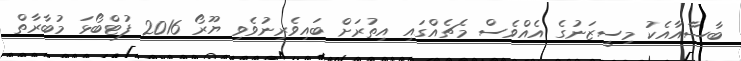
ބާސާއާއެކު މިސީޒަނުގެ އެއްވެސް މެޗެއްގައި އިތުރަށް ބައިވެރިނުވެވި ޔޫރޯ 2016 ފުޓްބޯޅަ މުބާރާތް